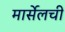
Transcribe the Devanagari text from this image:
मार्सेलची